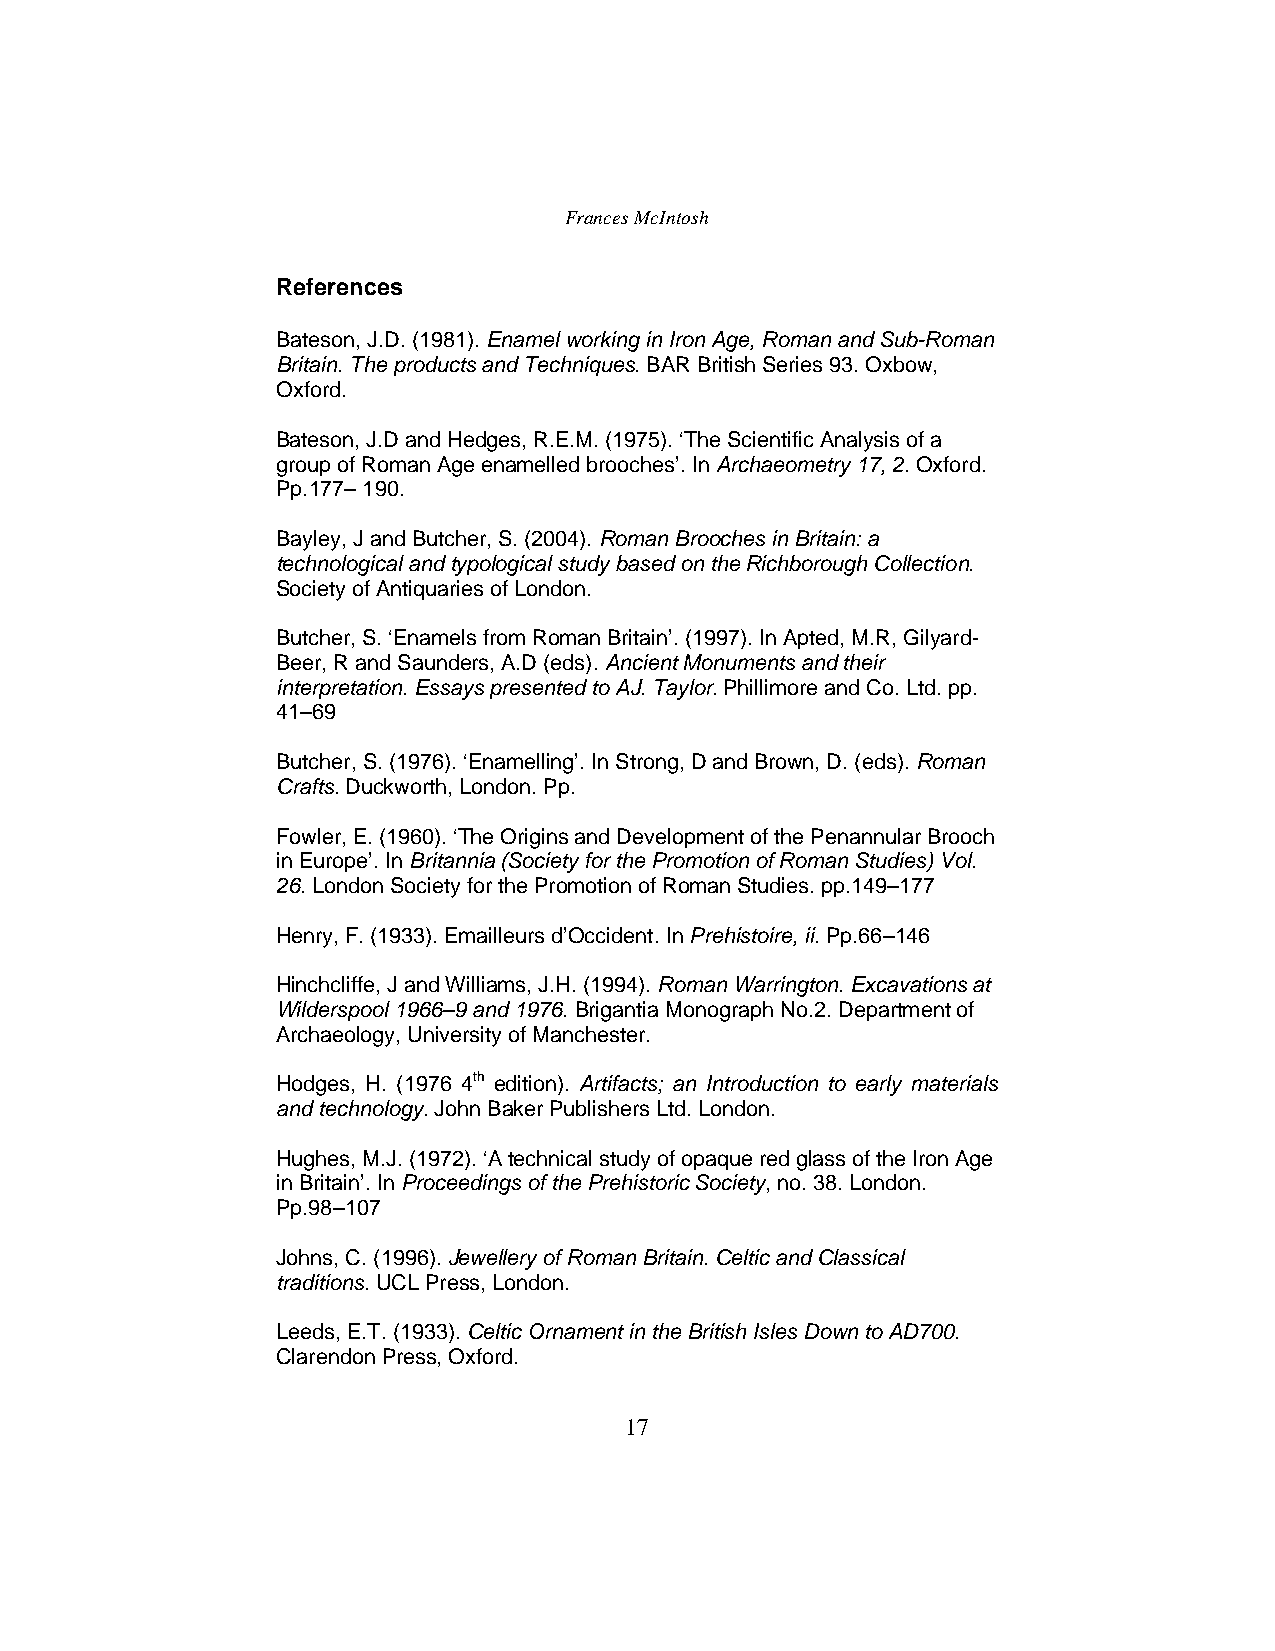
Frances McIntosh
 References
 Bateson, J.D. (1981). Enamel working in Iron Age, Roman and Sub-Roman
 Britain. The products and Techniques. BAR British Series 93. Oxbow,
 Oxford.
 Bateson, J.D and Hedges, R.E.M. (1975). ‘The Scientific Analysis of a
 group of Roman Age enamelled brooches’. In Archaeometry 17, 2.Oxford.
 Pp.177–190.
 Bayley, J and Butcher, S. (2004). Roman Brooches in Britain: a
 technological and typological study based on the Richborough Collection.
 Society of Antiquaries of London.
 Butcher, S. ‘Enamels from Roman Britain’. (1997). InApted, M.R, Gilyard-
 Beer, R and Saunders, A.D (eds). Ancient Monuments and their
 interpretation. Essays presented toAJ. Taylor. Phillimore and Co. Ltd. pp.
 41–69
 Butcher, S. (1976). ‘Enamelling’. In Strong, D and Brown, D. (eds). Roman
 Crafts. Duckworth, London. Pp.
 Fowler, E. (1960). ‘The Origins and Development of the Penannular Brooch
 in Europe’. In Britannia (Society for the Promotion of Roman Studies) Vol.
 26. London Society for the Promotion of Roman Studies. pp.149–177
 Henry, F. (1933). Emailleurs d’Occident. In Prehistoire, ii.Pp.66–146
 Hinchcliffe, J and Williams, J.H. (1994). Roman Warrington. Excavationsat
 Wilderspool 1966–9 and 1976. Brigantia Monograph No.2. Department of
 Archaeology, University of Manchester.
 Hodges, H. (1976 4th edition). Artifacts; an Introduction to early materials
 and technology. John Baker Publishers Ltd. London.
 Hughes, M.J.(1972). ‘A technical study of opaque red glass of the Iron Age
 in Britain’. In Proceedings of the Prehistoric Society, no. 38. London.
 Pp.98–107
 Johns, C. (1996). Jewellery of Roman Britain. Celtic and Classical
 traditions. UCL Press, London.
 Leeds, E.T. (1933). Celtic Ornament in the British Isles Down to AD700.
 Clarendon Press, Oxford.
 17